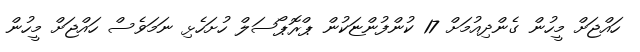
ހައްޖަށް މީހުން ގެންދިއުމަށް 17 ކުންފުންޏަކުން ޕްރޮޕޯސަލް ހުށަހެޅި ނަމަވެސް ހައްޖަށް މީހުން